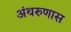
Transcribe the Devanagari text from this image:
अंथरुणास